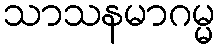
သာသနမာဂမ္မ